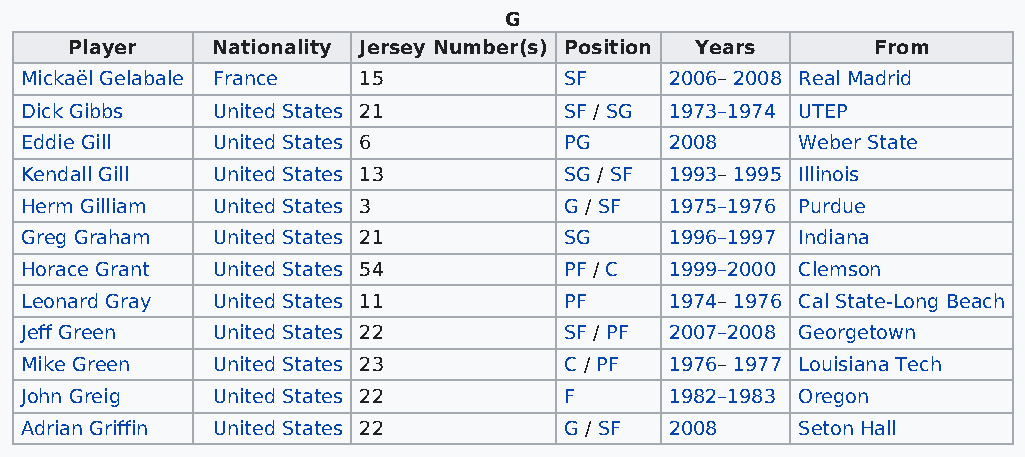
G
 Player   Nationality Jersey Number(s) Position Years From
 Mickaël Gelabale France 15          SF     2006– 2008 Real Madrid
 Dick Gibbs   United States 21       SF / SG 1973–1974 UTEP
 Eddie Gill   United States 6        PG     2008     Weber State
 Kendall Gill United States 13       SG / SF 1993– 1995 Illinois
 Herm Gilliam United States 3        G / SF 1975–1976 Purdue
 Greg Graham  United States 21       SG     1996–1997 Indiana
 Horace Grant United States 54       PF / C 1999–2000 Clemson
 Leonard Gray United States 11       PF     1974– 1976 Cal State-Long Beach
 Jeff Green   United States 22       SF / PF 2007–2008 Georgetown
 Mike Green   United States 23       C / PF 1976– 1977 Louisiana Tech
 John Greig   United States 22       F      1982–1983 Oregon
 Adrian Griffin United States 22     G / SF 2008     Seton Hall